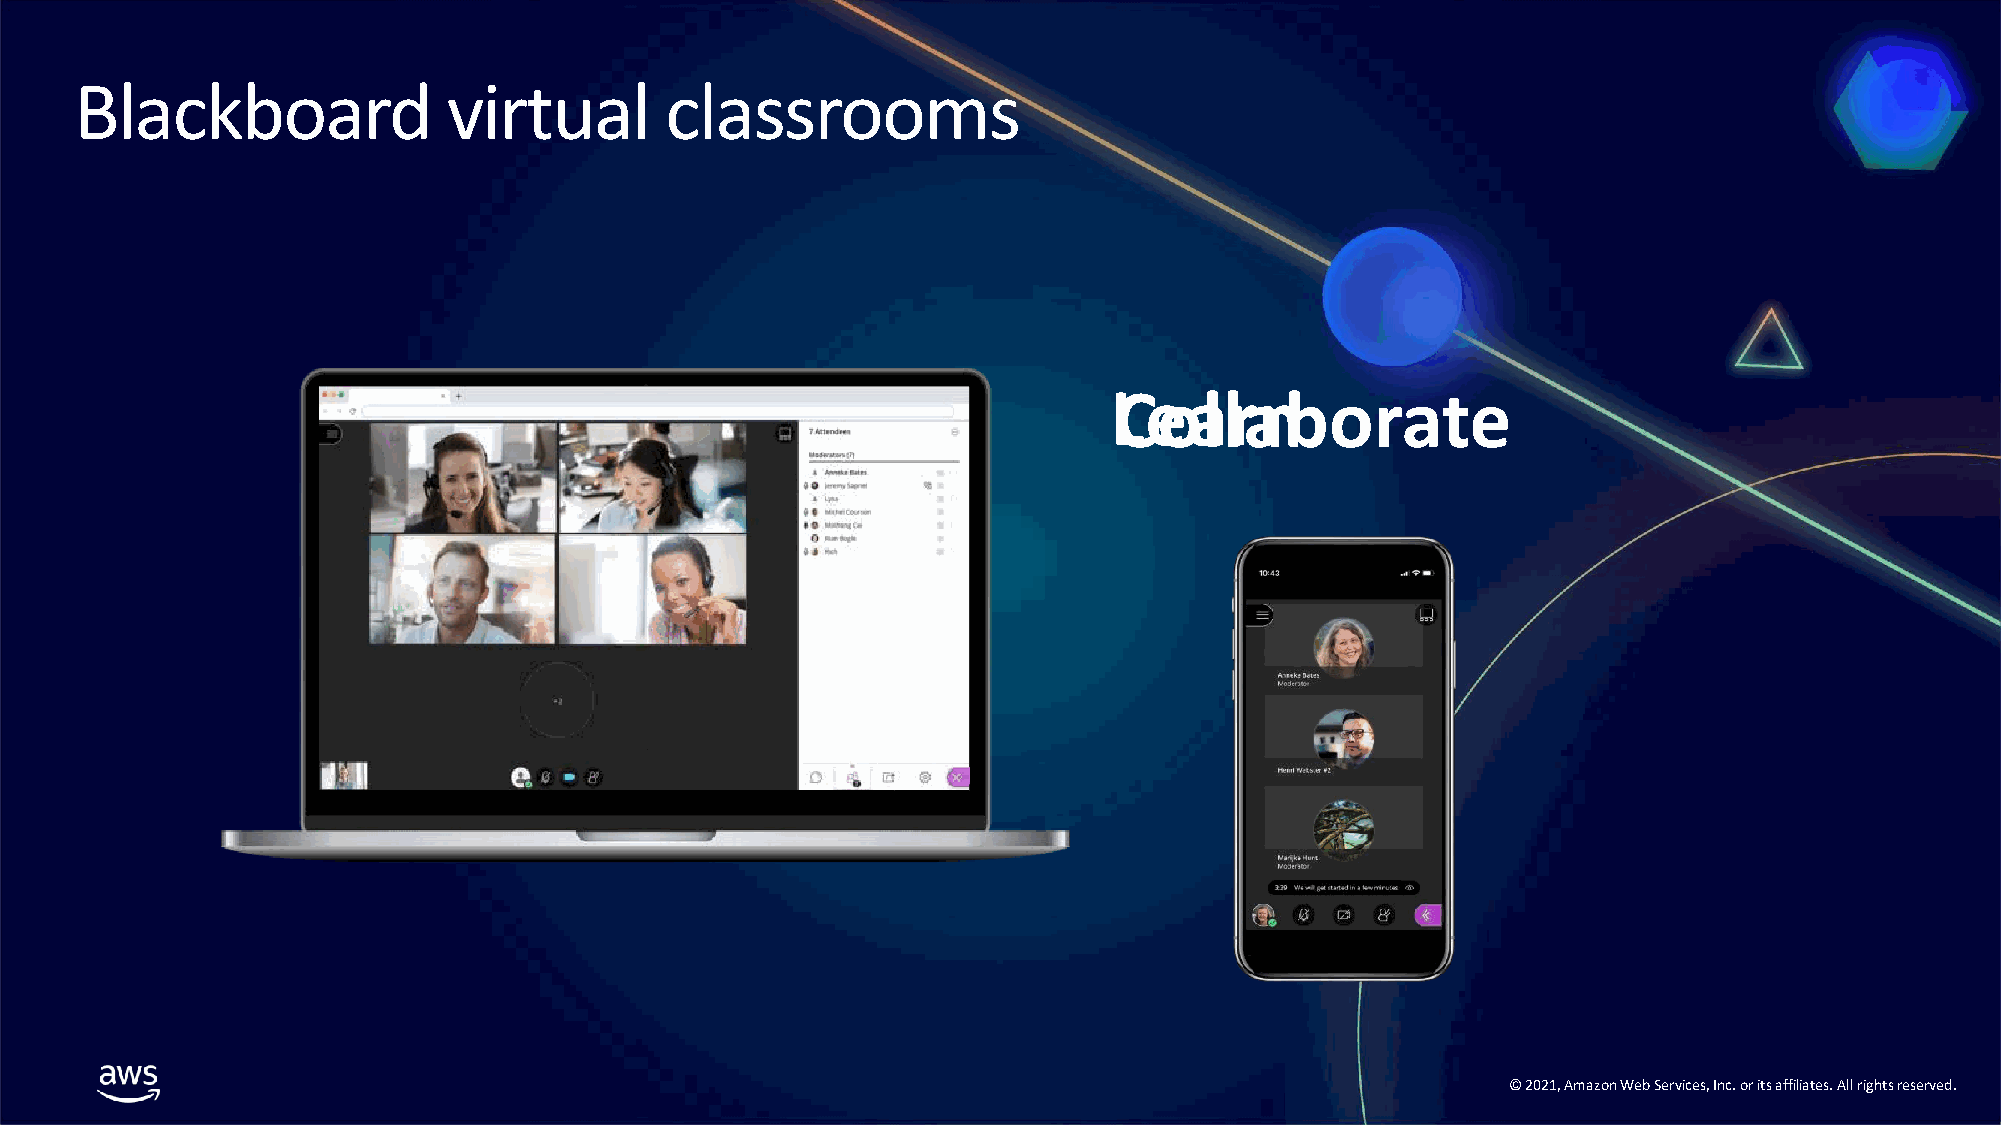
Blackboard               virtual       classrooms
 LCeoallranborate
 ©© 22002211,, AAmmaazzoonn WWeebb SSeerrvviicceess,, IInncc.. oorr iittss aaffffiilliiaatteess.. AAllll rriigghhttss rreesseerrvveedd..